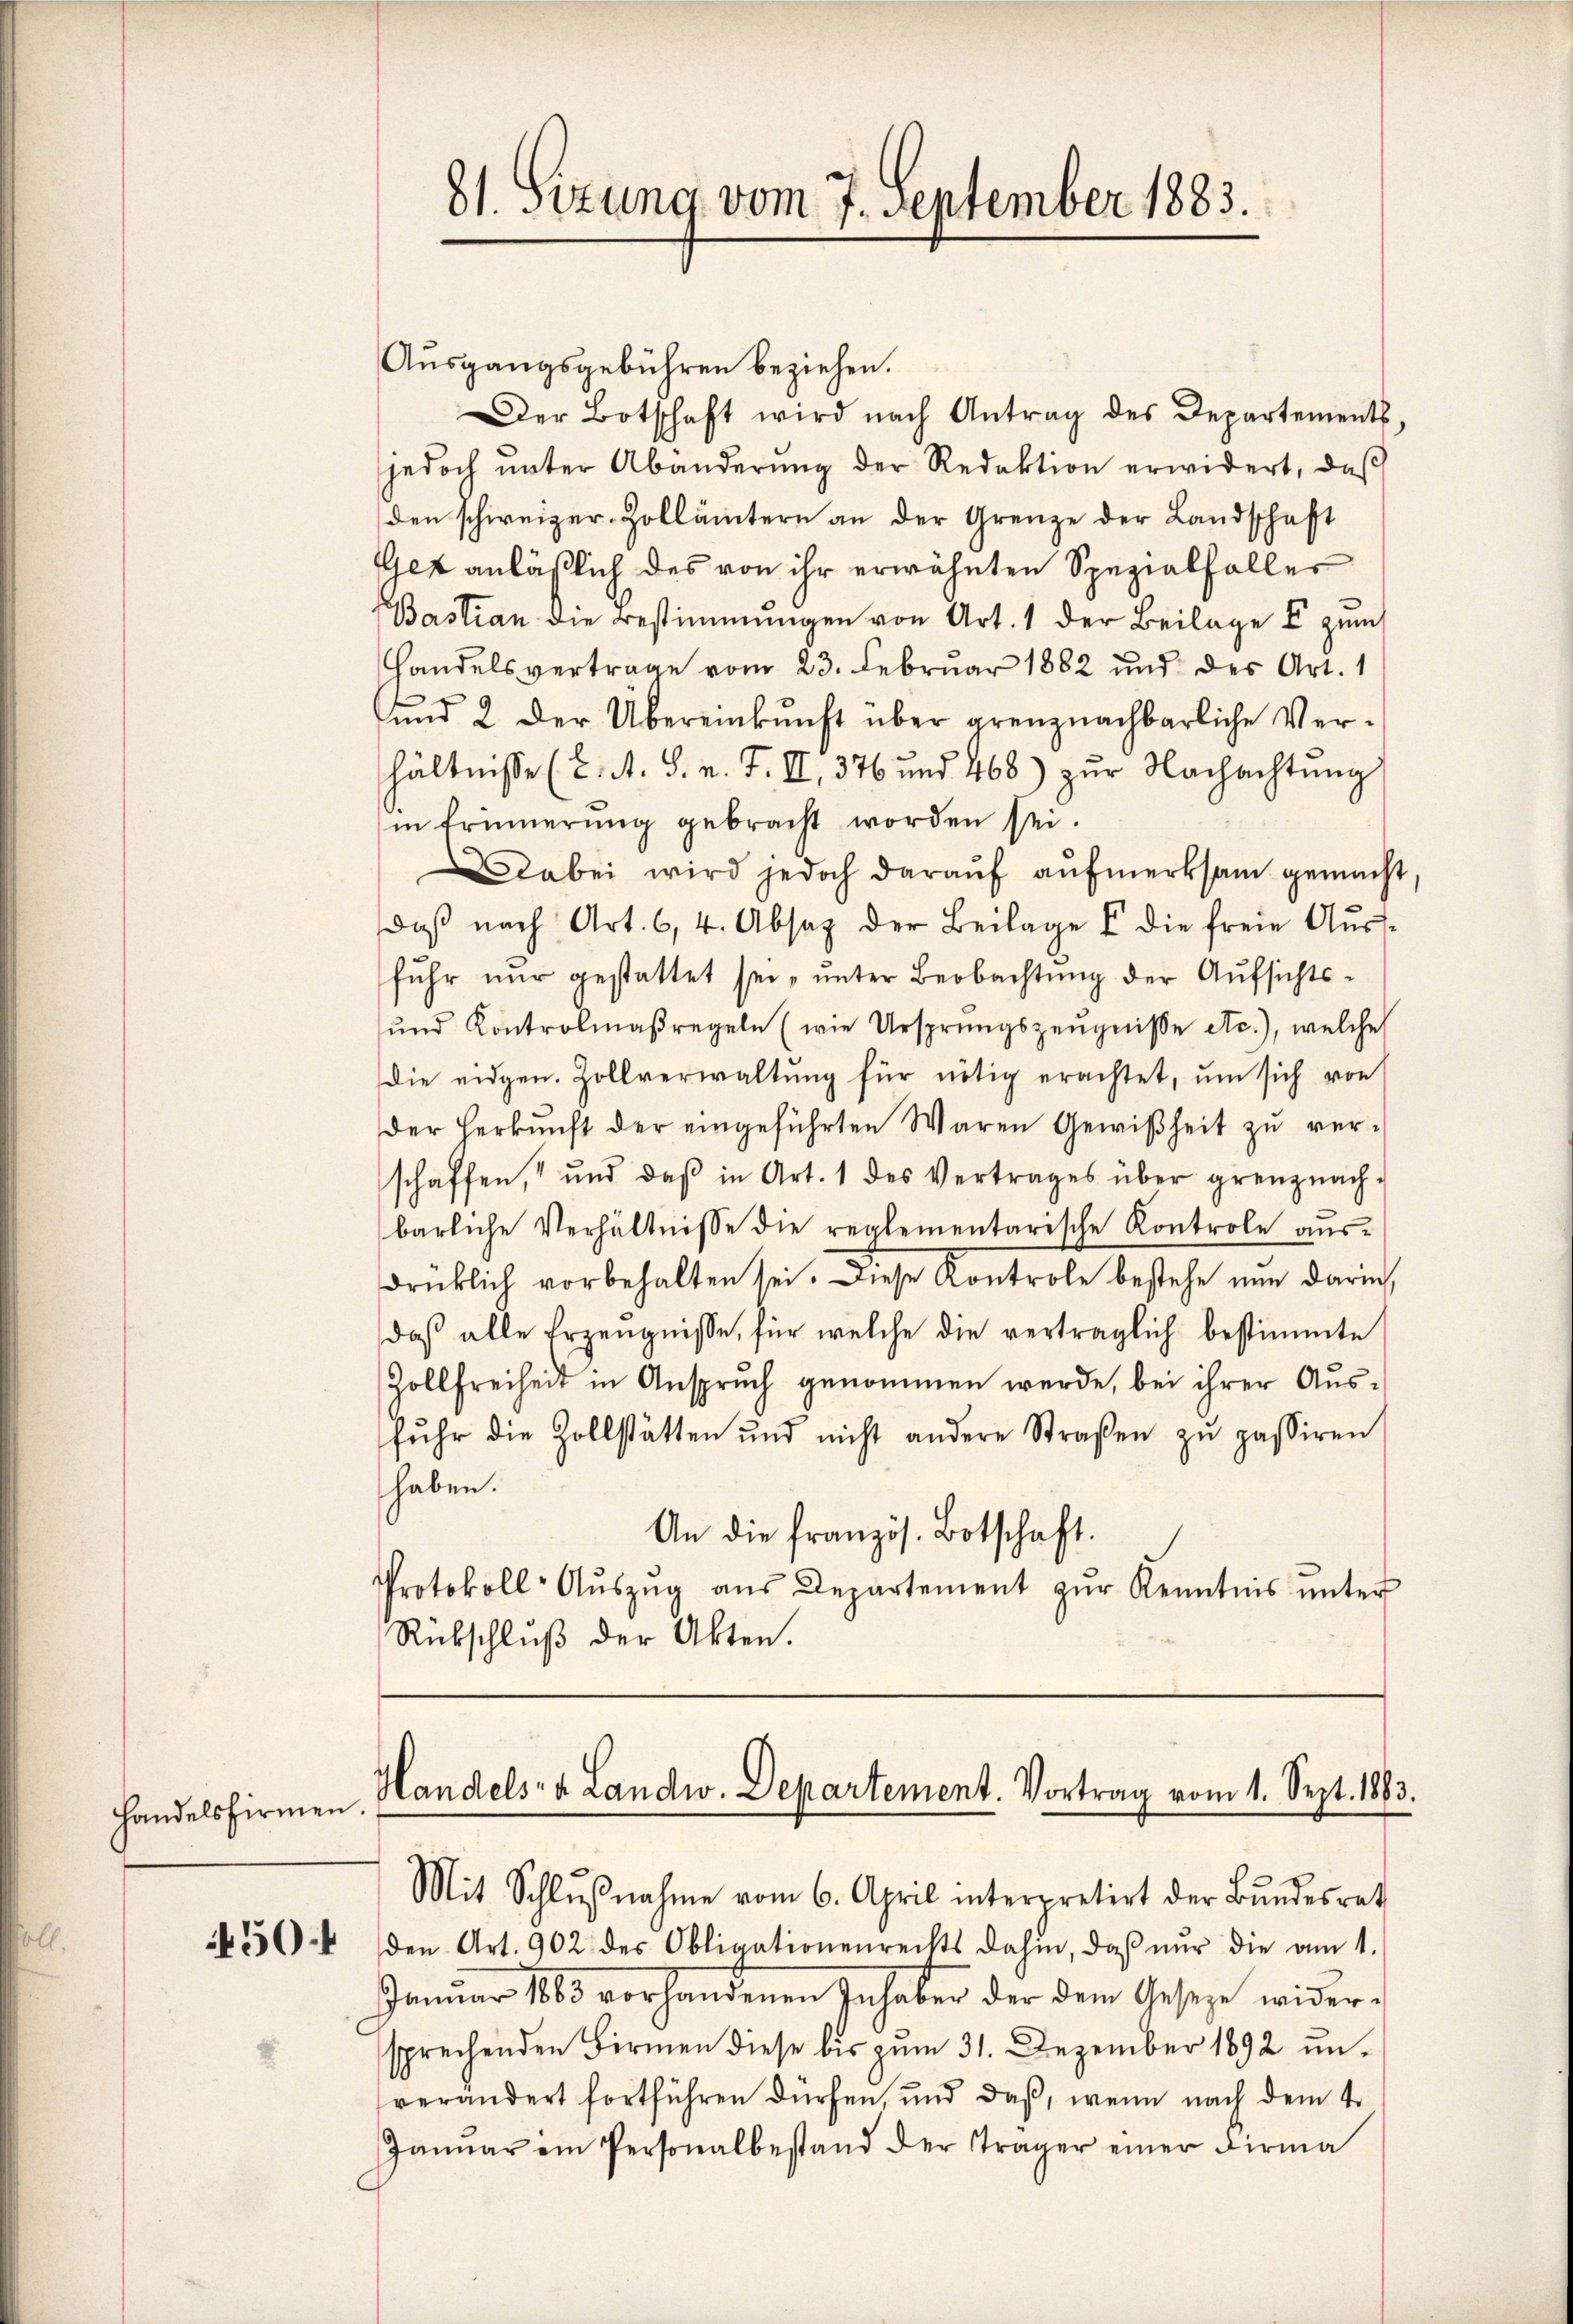
Handelsfirmen

450.

Ausgangsgebühren beziehen.
Der Botschaft wird nach Antrag des Departements
jedoch ŭnter Abänderŭng der Redaktion erwidert, daβ
den schweizer-Zollämtern an der Grenze der Landschaft
Gez anläßlich des von ihr erwähnten Spezialfaller
Bastian die Bestimmungen von Art. 1 der Beilage I zum
Handelsvertrage vom 23. Februar 1882 und des Art. 1
und 2 der Übereinkunft über grenznachbarliche Verhältnisse (2. A. S. n. F. II, 376 und 468) zur Nachachtung
in Erinnerung gebracht worden sei.
Dabei wird jedoch darauf aufmerksam gemacht
daß nach Art. 6, 4. Absatz der Beilage I die freie Ausfuhr nur gestattet sei „unter Beobachtung der Aufsichts¬
und Kontrolmaßregeln (wie Ursprungszeugniße etc.), welche
die eidgen. Zollverwaltŭng für nötig erachtet, um sich von
der Herkŭnft der eingeführten Waren Gewißheit zŭ ver-
schaffen, und daβ in Art. 1 des Vertrages über grenznach-
bärliche Verhältnisse die reglementarische Kontrole ausdrüklich vorbehalten sei. Diese Kontrole bestehe nun darin
daβ alle Erzeŭgnisse, für welche die verträglich bestimmte
Zollfreiheit in Anspruch genommen werde, bei ihrer Aus-
fŭhr die Zollstätten und nicht andere Straßen zŭ passiren
haben.
An die französ. Botschaft.
Protokoll- Aŭszŭg aŭs Departement zŭr Kenntnis ŭnter
Rückschlŭβ der Akten.

Handels- & Landw. Departement. Vortrag vom 1. Sept. 1883.
Mit Schlŭβnahme vom 6. April interpretirt der Bŭndesrat

den Art. 902 des Obligationenrechts dahin, daβ nŭr die am 1.
Januar 1860 vorhandenen Inhaber der dem Gesetze widersprechenden Birmen diese bis zŭm 31. Dezember 1892 ŭn-
verändert fortführen dürfen, und daß, wenn nach dem 4.
Janŭar im Personalbestand der Träger einer Firma

81. Sizung vom 7. September 1883.